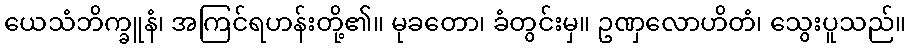
ယေသံဘိက္ခူနံ၊ အကြင်ရဟန်းတို့၏။ မုခတော၊ ခံတွင်းမှ။ ဥဏှလောဟိတံ၊ သွေးပူသည်။